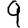
Digit: 9